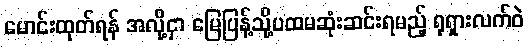
မောင်းထုတ်ရန် အလို့ငှာ မြေပြန့်သို့ပထမဆုံးဆင်းရမည့် ရုရှားလက်ဝဲ